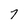
Character: 7